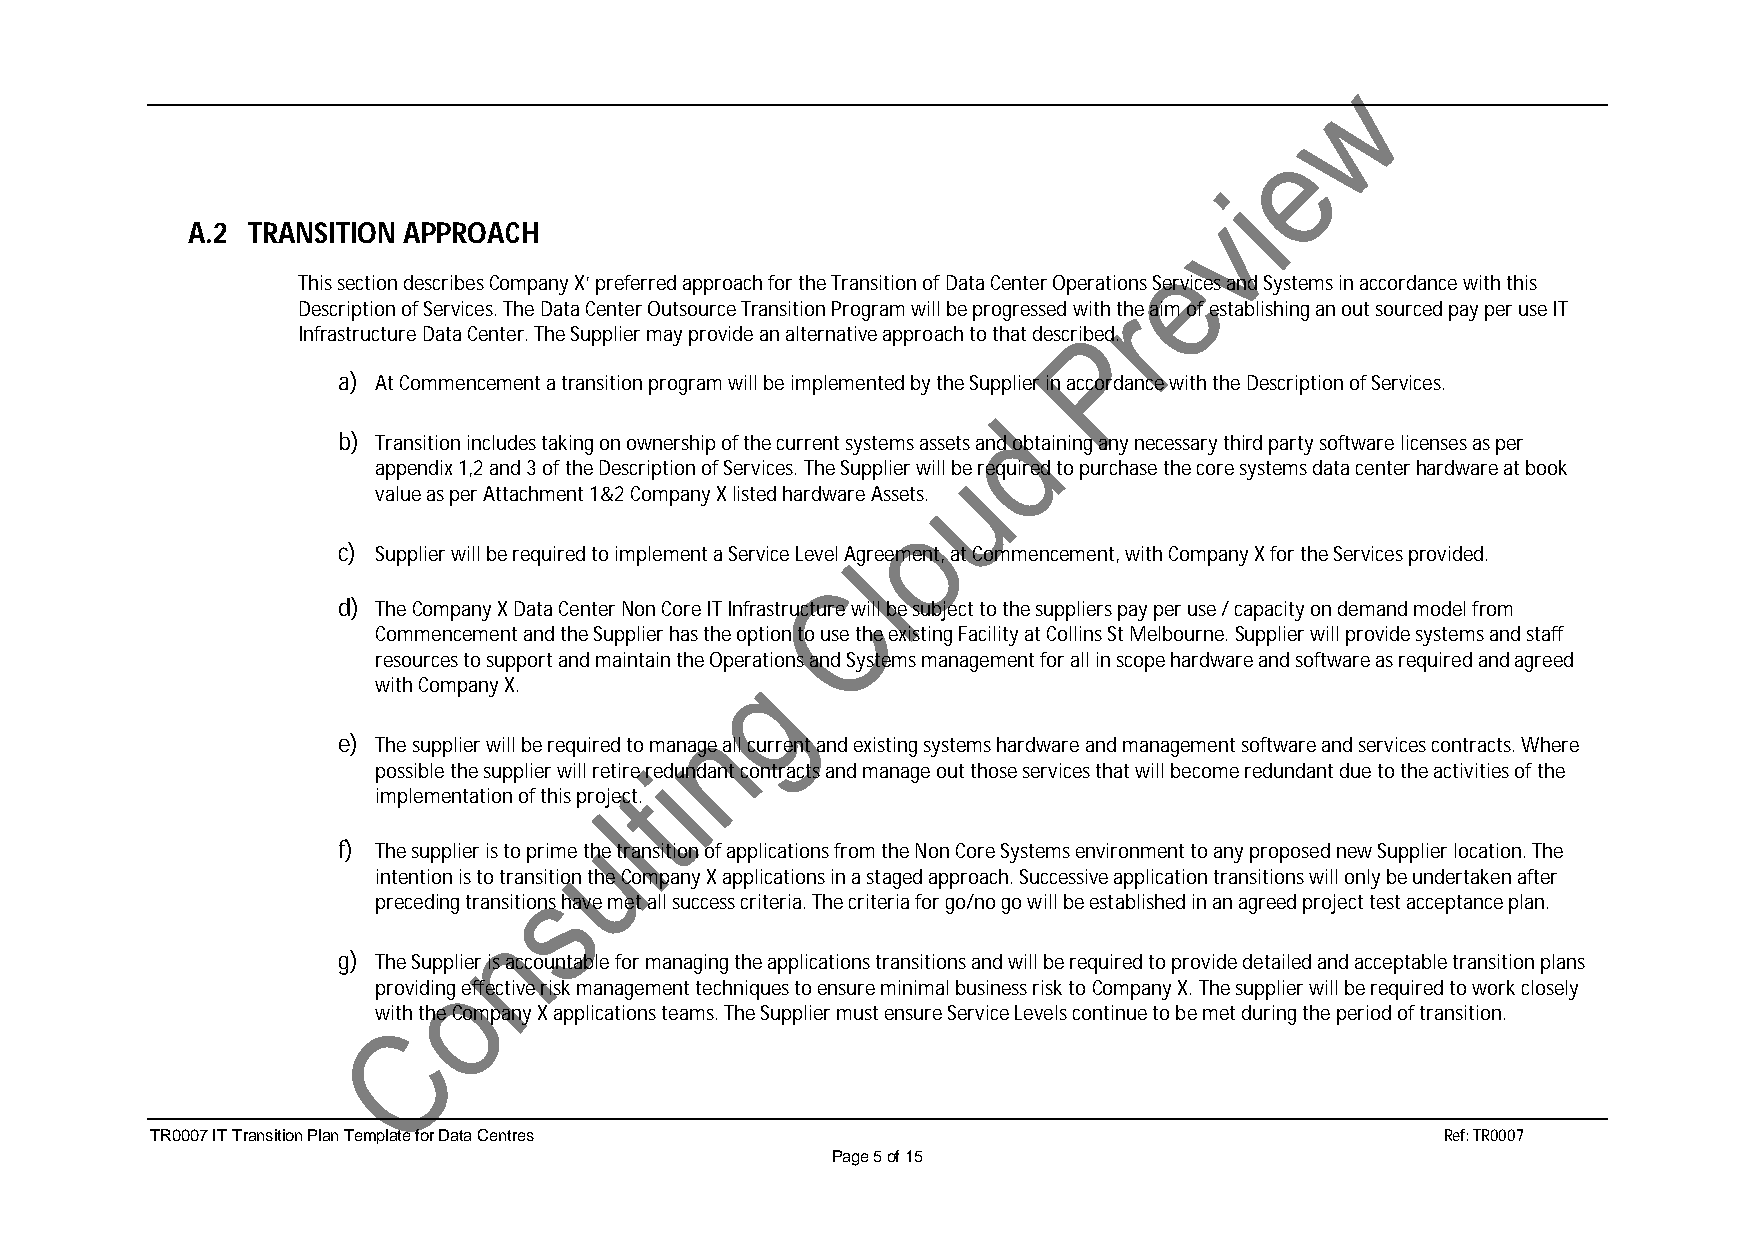
A.2 TRANSITION APPROACH
 This section describes Company X’ preferred approach for the Transition of Data Center Operations Services and Systems in accordance with this
 Description of Services. The Data Center Outsource Transition Program will be progressed with the aim of establishing an out sourced pay per use IT
 Infrastructure Data Center. The Supplier may provide an alternative approach to that described.
 a) At Commencement a transition program will be implemented by the Supplier in accordance with the Description of Services.
 b) Transition includes taking on ownership of the current systems assets and obtaining any necessary third party software licenses as per
 appendix 1,2 and 3 of the Description of Services. The Supplier will be required to purchase the core systems data center hardware at book
 value as per Attachment 1&2 Company X listed hardware Assets.
 c) Supplier will be required to implement a Service Level Agreement, at Commencement, with Company X for the Services provided.
 d) The Company X Data Center Non Core IT Infrastructure will be subject to the suppliers pay per use / capacity on demand model from
 Commencement and the Supplier has the option to use the existing Facility at Collins St Melbourne. Supplier will provide systems and staff
 resources to support and maintain the Operations and Systems management for all in scope hardware and software as required and agreed
 with Company X.
 e) The supplier will be required to manage all current and existing systems hardware and management software and services contracts. Where
 possible the supplier will retire redundant contracts and manage out those services that will become redundant due to the activities of the
 implementation of this project.
 f) The supplier is to prime the transition of applications from the Non Core Systems environment to any proposed new Supplier location. The
 intention is to transition the Company X applications in a staged approach. Successive application transitions will only be undertaken after
 preceding transitions have met all success criteria. The criteria for go/no go will be established in an agreed project test acceptance plan.
 g) The Supplier is accountable for managing the applications transitions and will be required to provide detailed and acceptable transition plans
 providing effective risk management techniques to ensure minimal business risk to Company X. The supplier will be required to work closely
 with the Company X applications teams. The Supplier must ensure Service Levels continue to be met during the period of transition.
 TR0007 IT Transition Plan Template for Data Centres                                   Ref: TR0007
 Page 5 of 15